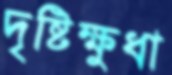
দৃষ্টিক্ষুধা